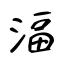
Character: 湢